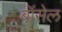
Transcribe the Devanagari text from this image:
बॉसेल